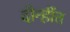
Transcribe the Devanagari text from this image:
दोन्हींत